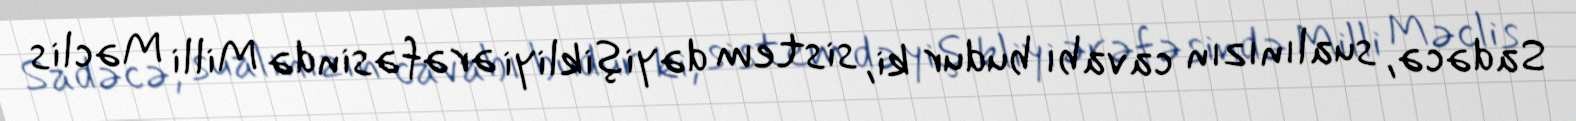
Sadəcə, sualınızın cavabı budur ki, sistem dəyişikliyi ərəfəsində Milli Məclis